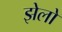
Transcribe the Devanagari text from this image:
झेलो